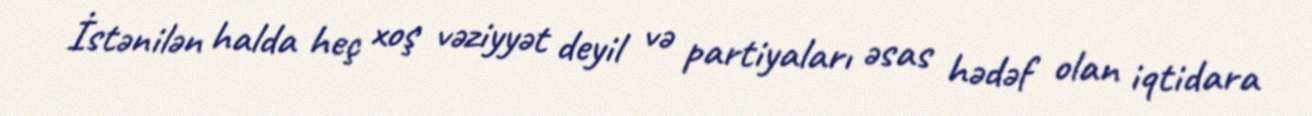
İstənilən halda heç xoş vəziyyət deyil və partiyaları əsas hədəf olan iqtidara